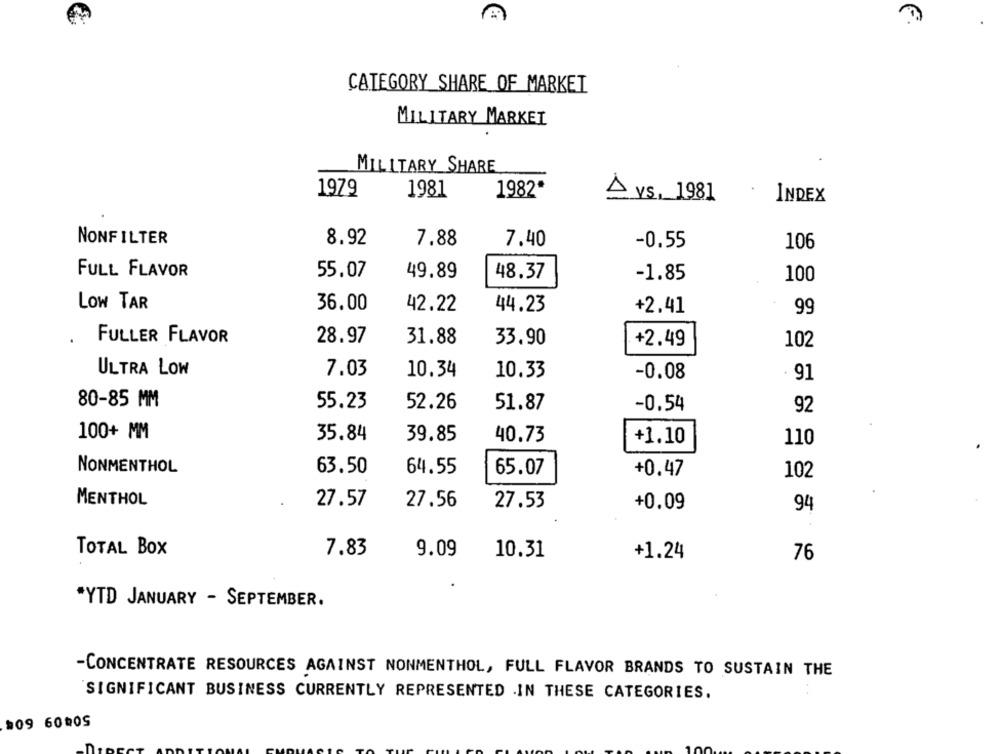
CATEGORY_SHARE OF MARKET
MILITARY MARKET
MILITARY SHARE
1979
1981
1982"
A vs, 1981
.
INDEX
NONFILTER
8.92
7.88
7.40
-0.55
106
FULL FLAVOR
55.07
49.89
48.37
-1.85
100
LOW TAR
36.00
42.22
44.23
+2.41
99
FULLER FLAVOR
28.97
31.88
33.90
+2.49
102
ULTRA LOW
7.03
10.34
10.33
-0.08
. 91
80-85 MM
55.23
52.26
51.87
-0.54
92
100+ MM
35.84
39.85
40.73
+1.10
110
NONMENTHOL
63.50
64.55
65.07
+0.47
102
MENTHOL
27.57
27.56
27.53
+0.09
94
7.83
TOTAL BOX
9.09
10.31
+1.24
76
*YTD JANUARY - SEPTEMBER.
-CONCENTRATE RESOURCES AGAINST NONMENTHOL, FULL FLAVOR BRANDS TO SUSTAIN THE
SIGNIFICANT BUSINESS CURRENTLY REPRESENTED IN THESE CATEGORIES.
#09 60005